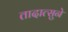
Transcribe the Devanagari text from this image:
तादात्सुने